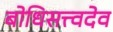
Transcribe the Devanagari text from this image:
बोधिसत्त्वदेव